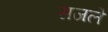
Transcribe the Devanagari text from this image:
सजले